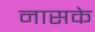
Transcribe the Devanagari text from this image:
नासके